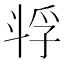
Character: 𫿴